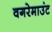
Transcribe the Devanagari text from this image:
वगरेमाउंट